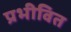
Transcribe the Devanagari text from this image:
प्रभीवित